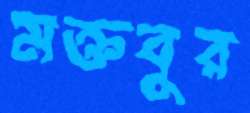
মক্তবুর